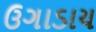
ઉગાડાય